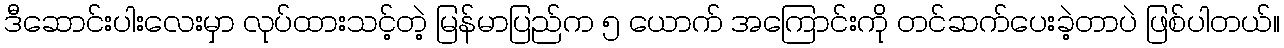
ဒီဆောင်းပါးလေးမှာ လုပ်ထားသင့်တဲ့ မြန်မာပြည်က ၅ ယောက် အကြောင်းကို တင်ဆက်ပေးခဲ့တာပဲ ဖြစ်ပါတယ်။